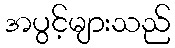
အပွင့်များသည်